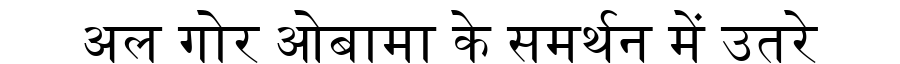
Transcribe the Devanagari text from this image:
अल गोर ओबामा के समर्थन में उतरे